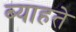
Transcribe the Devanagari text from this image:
ब्याहते